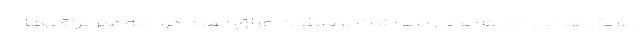
طریق هوایی کمیته عالی بهداشت و سلامت عراق اعلام کرد که غیرعراقی‌ها